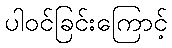
ပါဝင်ခြင်းကြောင့်